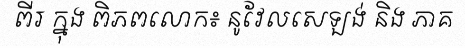
ពីរ ក្នុង ពិភពលោក៖ នូវែលសេឡង់ និង ភាគ